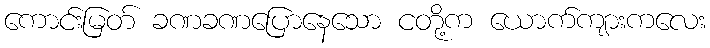
ကောင်းမြတ် ခဏခဏပြောနေသော ငတို့က ယောက်ကျားကလေး